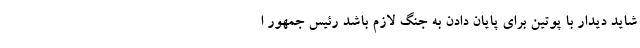
شاید دیدار با پوتین برای پایان دادن به جنگ لازم باشد رئیس جمهور ا